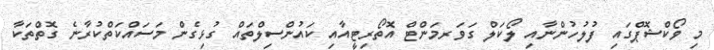
މި ވޯކްޝޮޕްގައި ފުލުހުންނާއި ލޯކަލް ގަވަރމަންޓް އޮތޯރިޓީއާއި ކައުންސިލްތައް ގުޅިގެން މަސައްކަތްކުރާނެ ގޮތްތަކާ